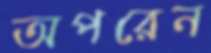
অপরেন